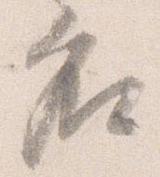
名